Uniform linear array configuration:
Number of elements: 48
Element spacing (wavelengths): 0.5
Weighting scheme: hamming
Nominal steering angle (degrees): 45
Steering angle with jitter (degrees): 43.902
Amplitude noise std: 0.05
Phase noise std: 0.05

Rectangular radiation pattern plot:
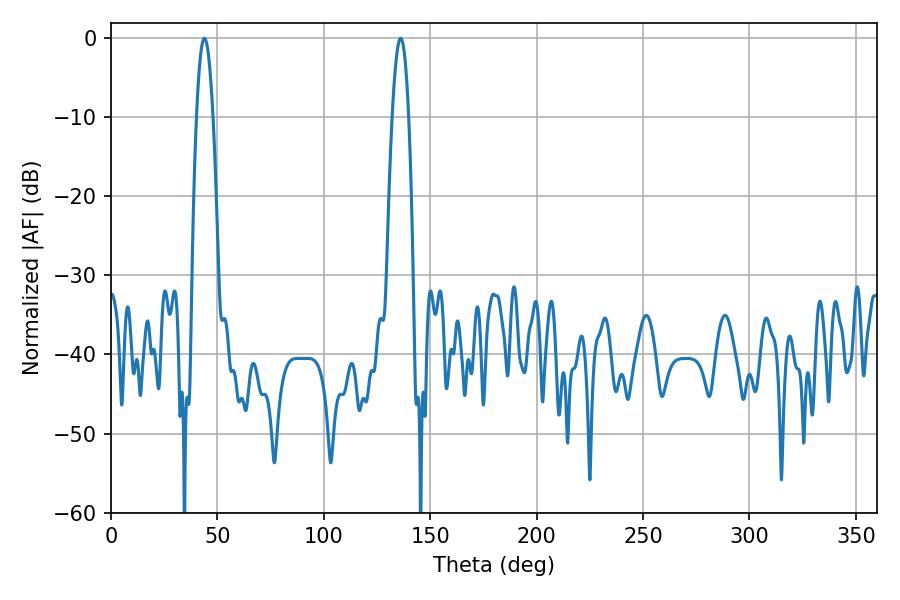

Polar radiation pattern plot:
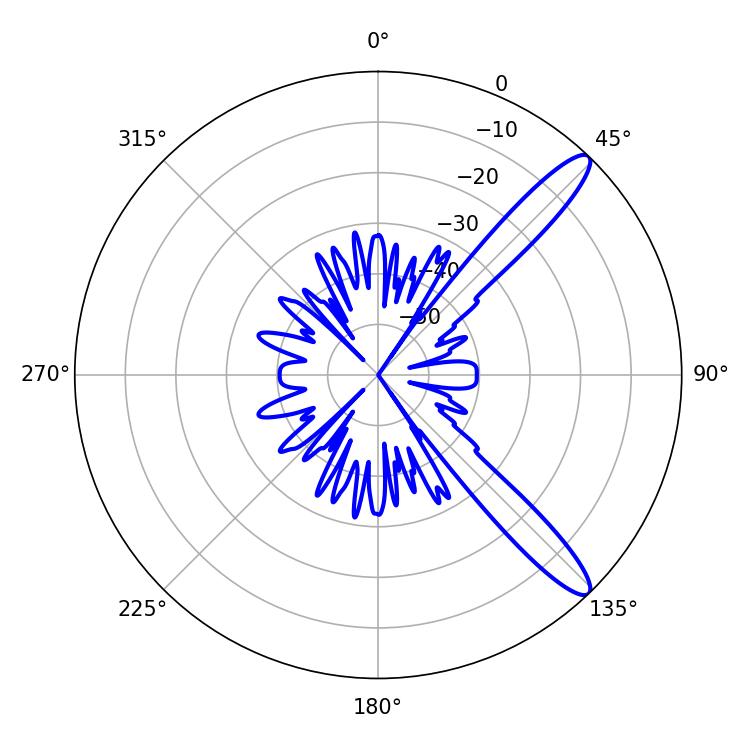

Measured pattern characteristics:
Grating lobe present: FALSE
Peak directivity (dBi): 12.527
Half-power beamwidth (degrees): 4.32
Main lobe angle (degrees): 136.08